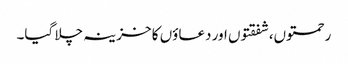
رحمتوں،شفقتوں اور دعاؤں کا خزینہ چلا گیا۔